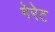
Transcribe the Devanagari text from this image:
गेरेट